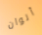
ألوان